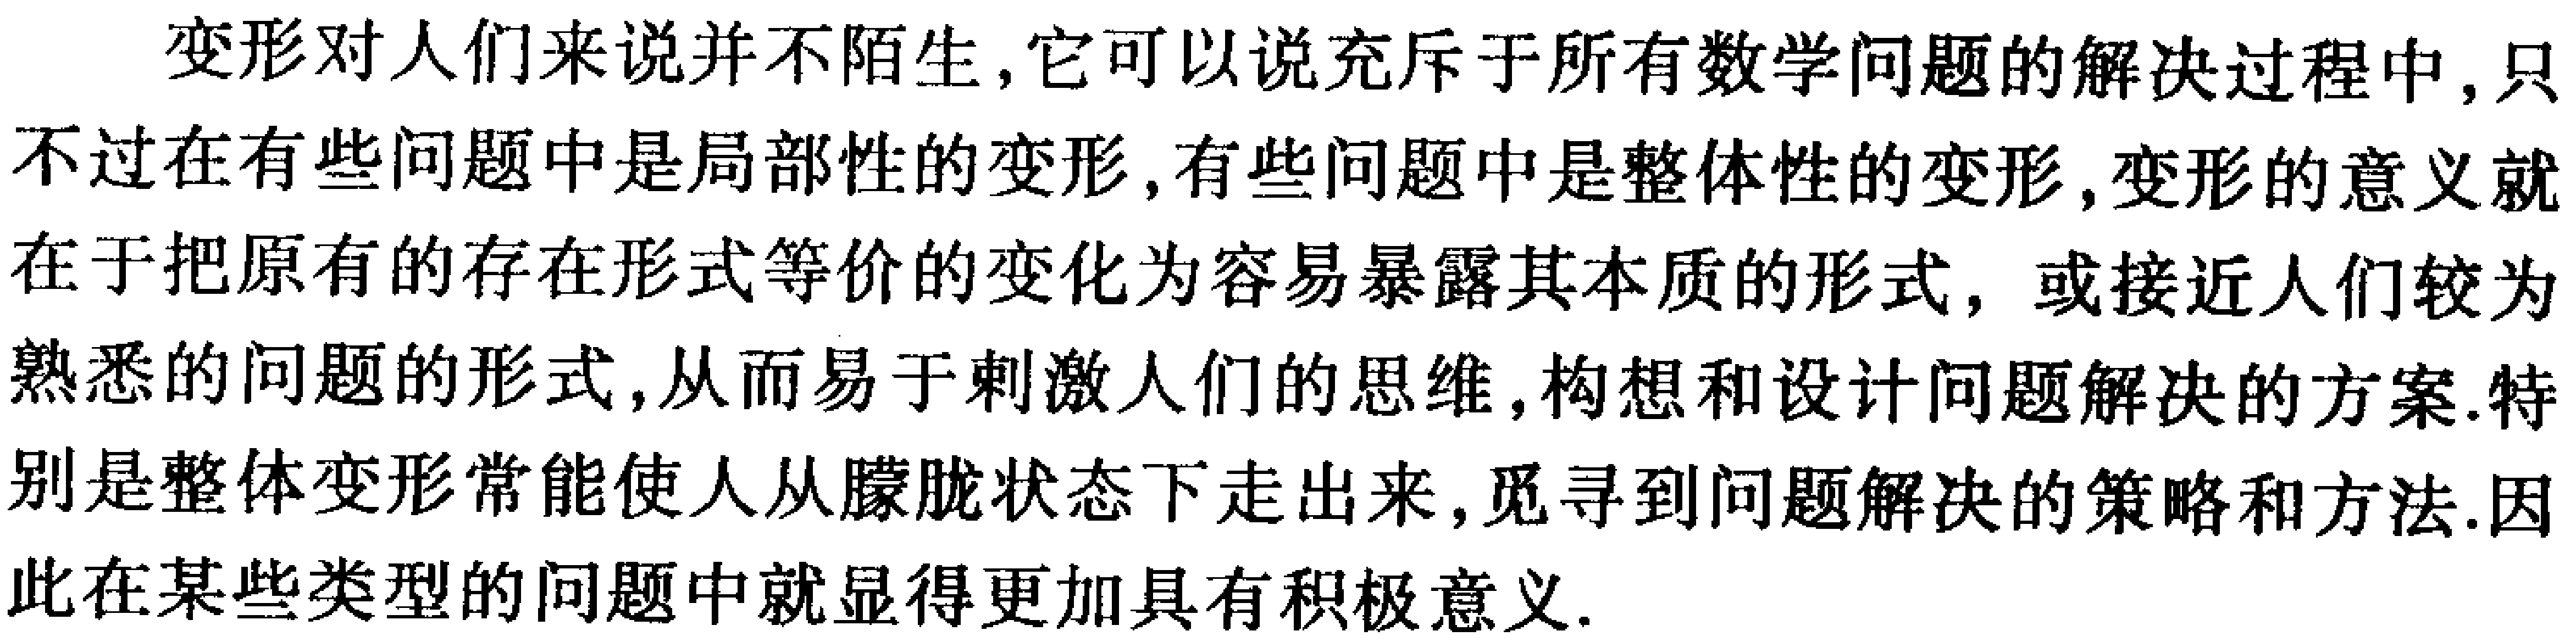
变形对人们来说并不陌生, 它可以说充斥于所有数学问题的解决过程中, 只不过在有些问题中是局部性的变形, 有些问题中是整体性的变形, 变形的意义就在于把原有的存在形式等价的变化为容易暴露其本质的形式, 或接近人们较为熟悉的问题的形式, 从而易于剌激人们的思维, 构想和设计问题解决的方案. 特别是整体变形常能使人从朦胧状态下走出来, 觅寻到问题解决的策略和方法. 因此在某些类型的问题中就显得更加具有积极意义.